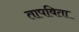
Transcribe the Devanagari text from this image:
तापविता